Lui_Olesk, lk 12
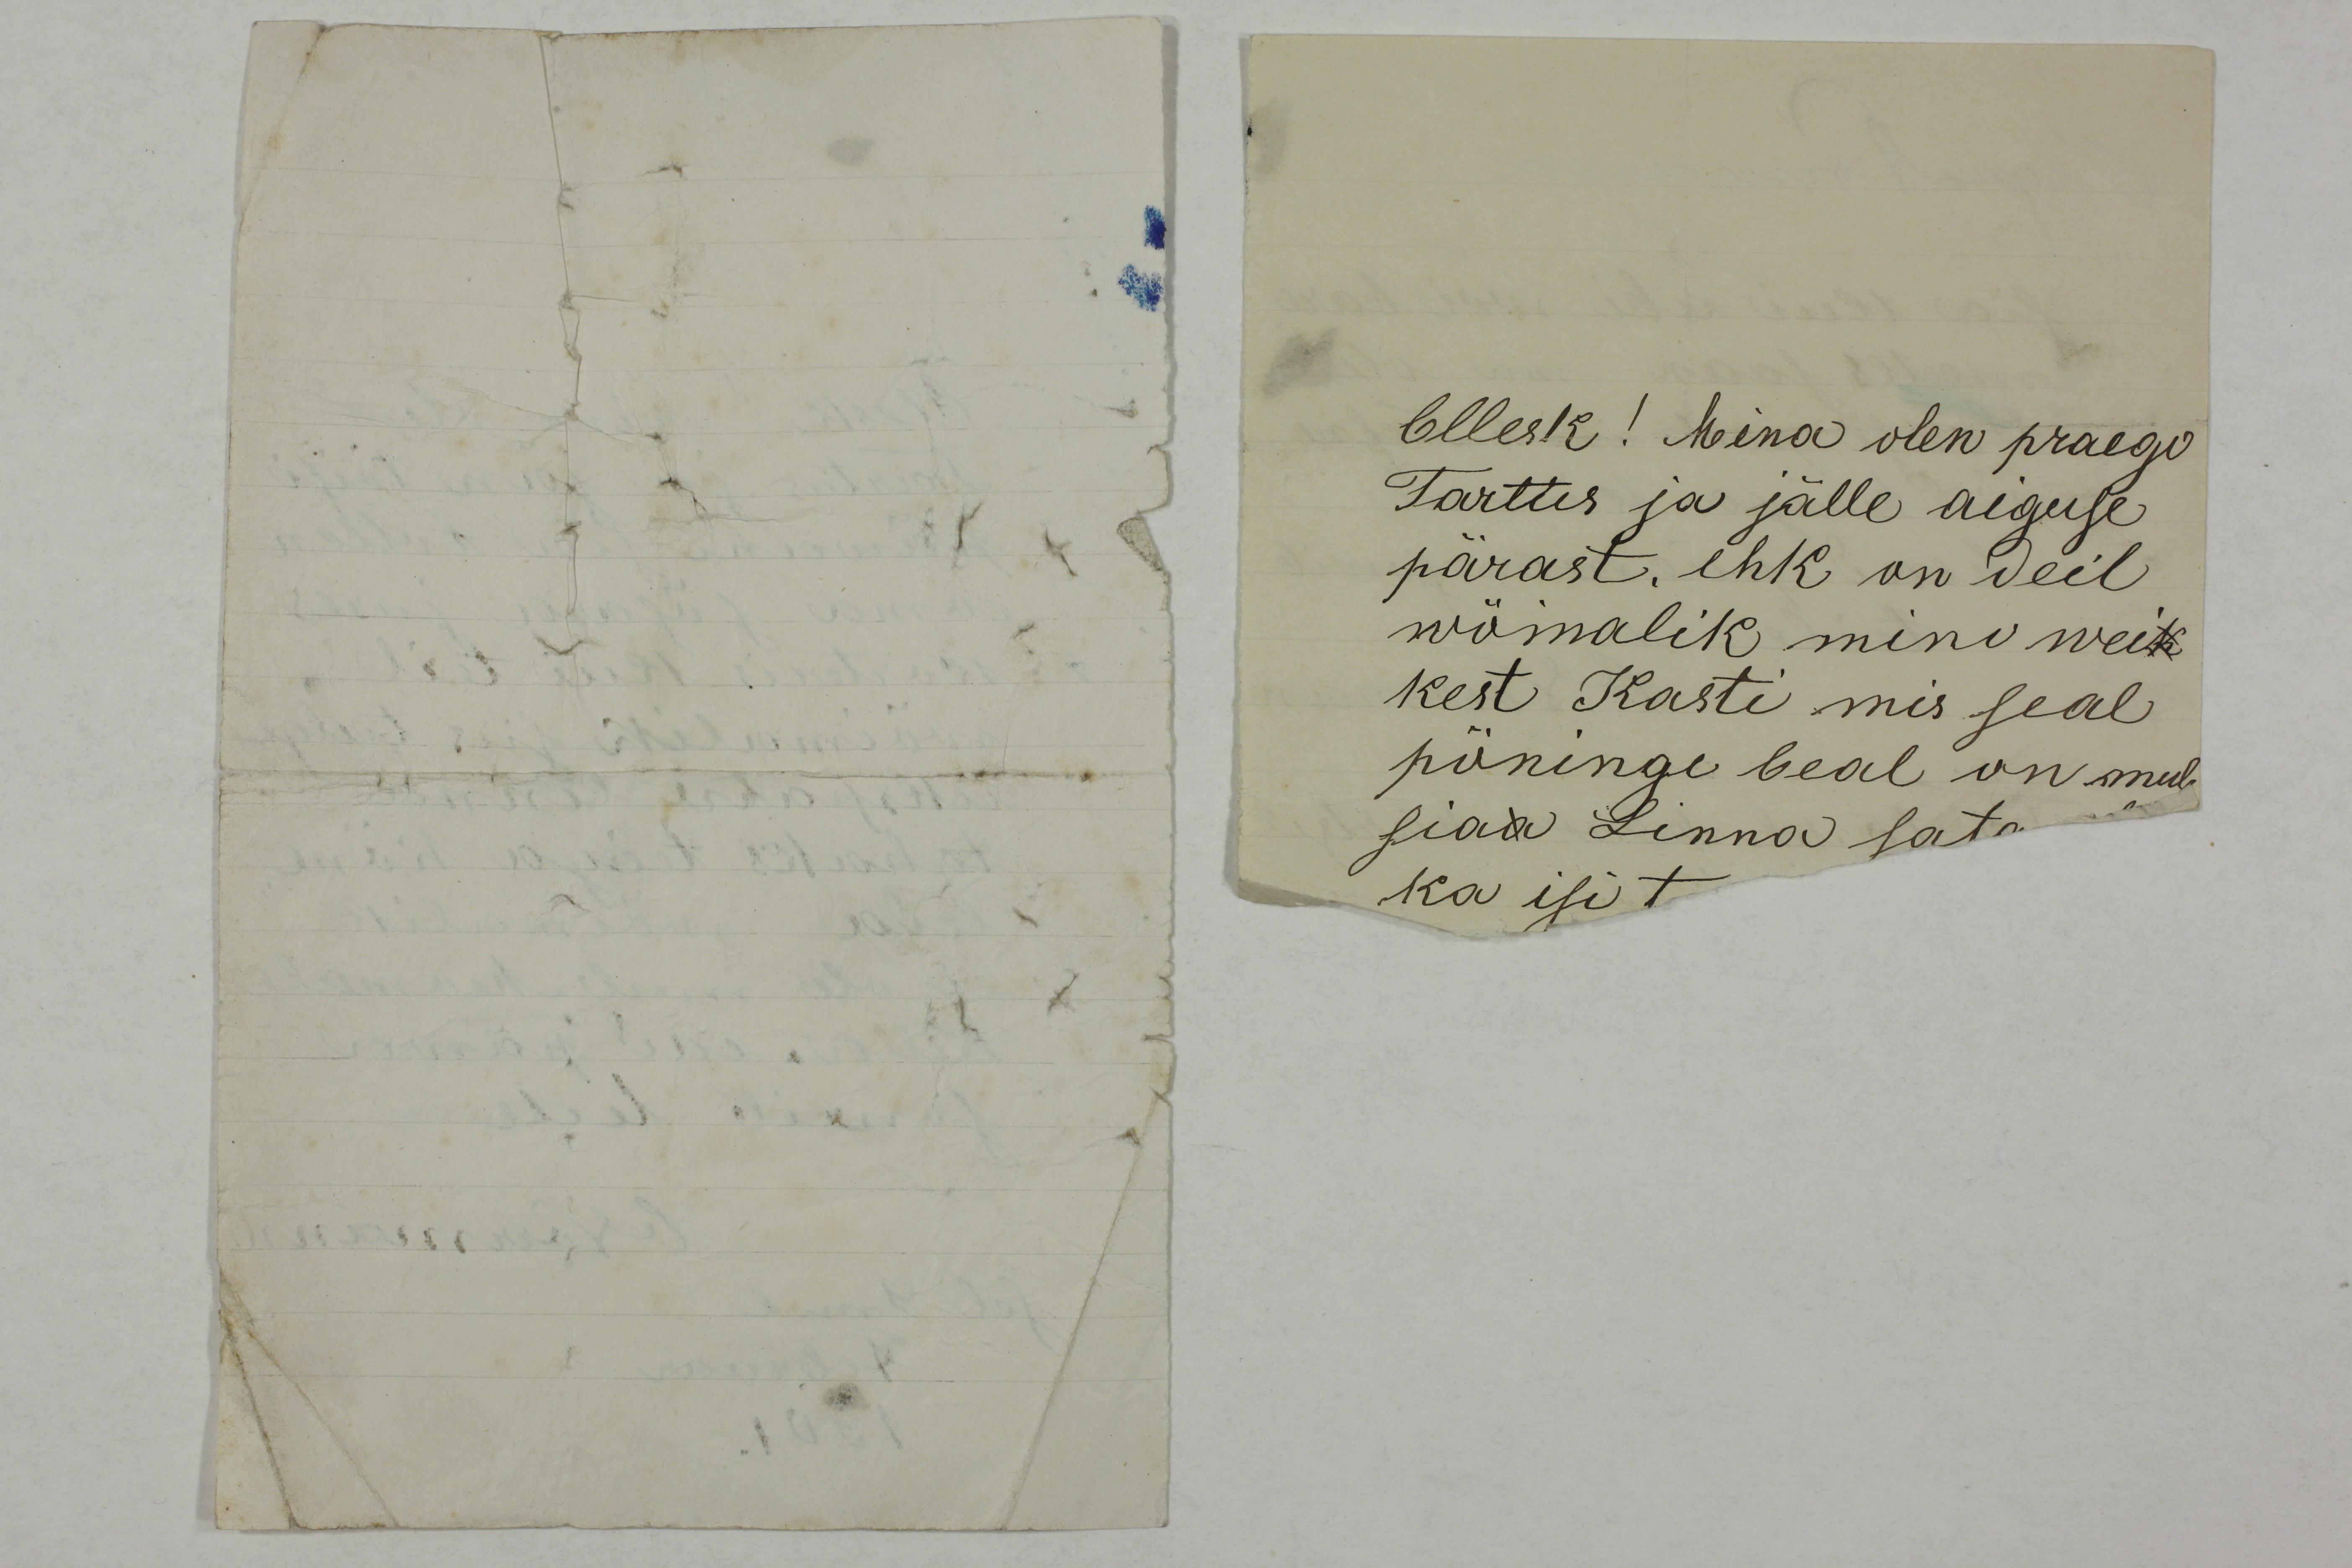
Ollesk! Mina olen praego
Tartus ja jälle aiguse 
pärast, ehk on deil
wõimalik mino weik
kest Kasti mis seal
pöninge beal on mul
siaa Linna sata
ka isi t